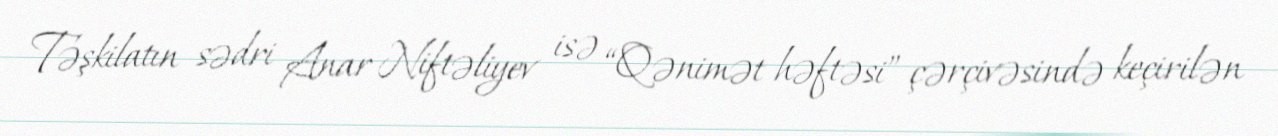
Təşkilatın sədri Anar Niftəliyev isə “Qənimət həftəsi” çərçivəsində keçirilən